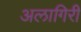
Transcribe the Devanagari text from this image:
अलागिरी